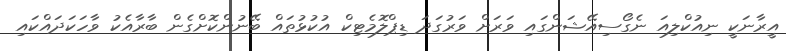
އީރާނަކީ ނިއުކްލިއަ ނެގޯސިއޭޝަންގައި ވަރަށް ވަރުގަދަ ޑިޕްލޮމެޓިކް އުކުޅުތައް ބޭނުންކޮށްގެން ބާރާއެކު ވާހަކަދައްކައި